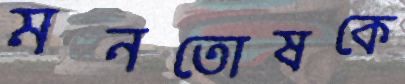
মনতোষকে